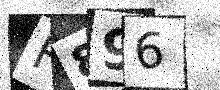
Text: F896